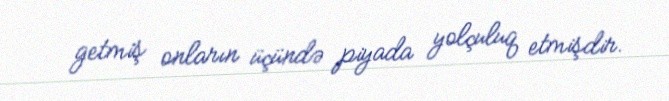
getmiş onların üçündə piyada yolçuluq etmişdir.